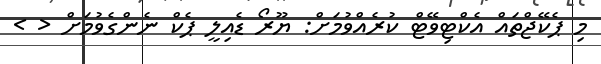
މި ޕެކޭޖްތައް އެކްޓިވޭޓް ކުރެއްވުމަށް: ޔޫރޯ ޑެއިލީ ޕެކް ނެންގެވުމަށް < >